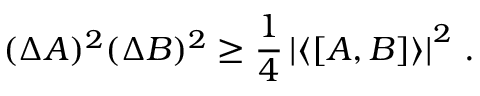
( \Delta A ) ^ { 2 } ( \Delta B ) ^ { 2 } \ge \frac { 1 } { 4 } \left| \langle [ A , B ] \rangle \right| ^ { 2 } \, .